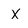
Character: X